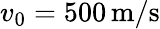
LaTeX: v_{0}=500\, \mathrm{m/s}